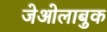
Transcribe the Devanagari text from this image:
जेओलाबुक